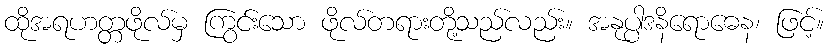
ထိုအရဟတ္တဖိုလ်မှ ကြွင်းသော ဖိုလ်တရားတို့သည်လည်း။ အနုပ္ပါဒနိရောဓေန၊ ဖြင့်။